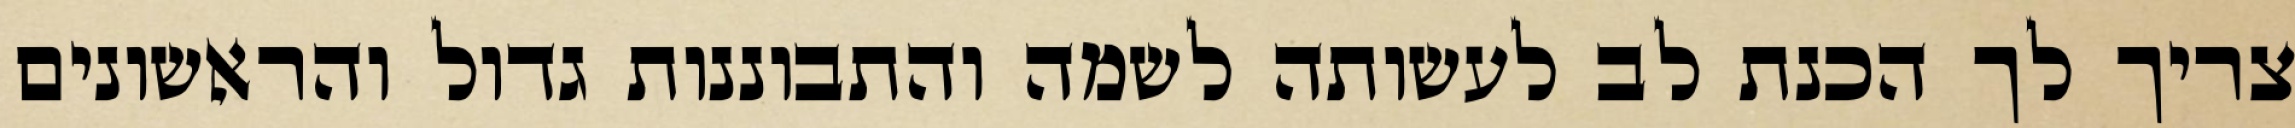
צריך לך הכנת לב לעשותה לשמה והתבוננות גדול והראשונים